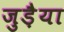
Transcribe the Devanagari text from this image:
जुड़ैया